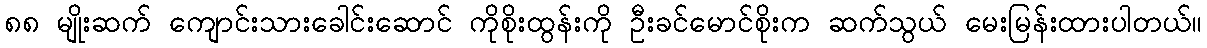
၈၈ မျိုးဆက် ကျောင်းသားခေါင်းဆောင် ကိုစိုးထွန်းကို ဦးခင်မောင်စိုးက ဆက်သွယ် မေးမြန်းထားပါတယ်။